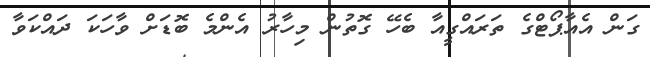
ގަން އެއާޕޯޓްގެ ތަރައްގީއާ ބެހޭ ގޮތުން މިހާރު އެންމެ ބޮޑަށް ވާހަކަ ދައްކަވާ